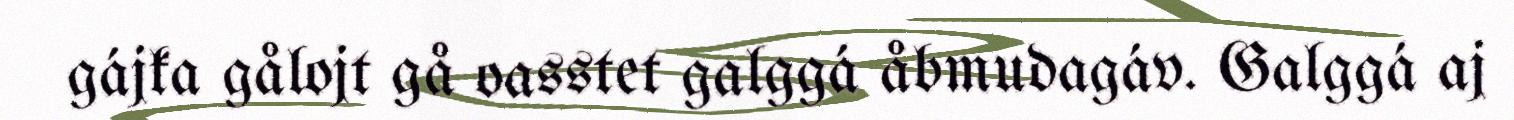
gájka gålojt gå oasstet galggá åbmudagáv. Galggá aj